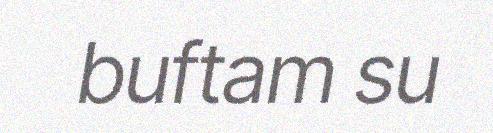
buftam su